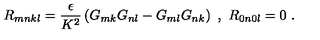
R _ { m n k l } = \frac { \epsilon } { K ^ { 2 } } \left( G _ { m k } G _ { n l } - G _ { m l } G _ { n k } \right) \ , \ R _ { 0 n 0 l } = 0 \ .